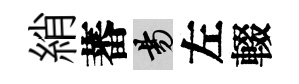
綃蕃昜左輟